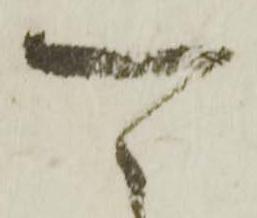
可